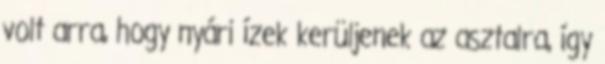
volt arra, hogy nyári ízek kerüljenek az asztalra, így